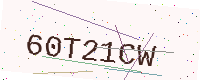
Text: 60T21CW